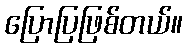
ပြောပြဖြစ်တယ်။